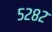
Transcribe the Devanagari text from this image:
५२८२